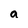
Character: a